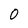
Character: O